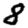
Digit: 8